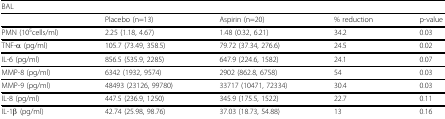
| BAL |  |  |  |  |
 | --- | --- | --- | --- | --- |
 |  | Placebo (n=13) | Aspirin (n=20) | % reduction | p-value |
 | PMN (105cells/ml) | 2.25 (1.18, 4.67) | 1.48 (0.32, 6.21) | 34.2 | 0.03 |
 | TNF-α (pg/ml) | 105.7 (73.49, 358.5) | 79.72 (37.34, 276.6) | 24.5 | 0.02 |
 | IL-6 (pg/ml) | 856.5 (535.9, 2285) | 647.9 (224.6, 1582) | 24.1 | 0.07 |
 | MMP-8 (pg/ml) | 6342 (1932, 9574) | 2902 (862.8, 6758) | 54 | 0.03 |
 | MMP-9 (pg/ml) | 48493 (23126, 99780) | 33717 (10471, 72334) | 30.4 | 0.03 |
 | IL-8 (pg/ml) | 447.5 (236.9, 1250) | 345.9 (175.5, 1522) | 22.7 | 0.11 |
 | IL-1β (pg/ml) | 42.74 (25.98, 98.76) | 37.03 (18.73, 54.88) | 13 | 0.16 |